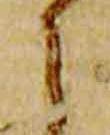
之